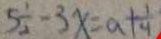
5 \frac { 1 } { 2 } - 3 x = a + \frac { 1 } { 4 }